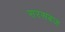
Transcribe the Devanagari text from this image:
सरसबज़